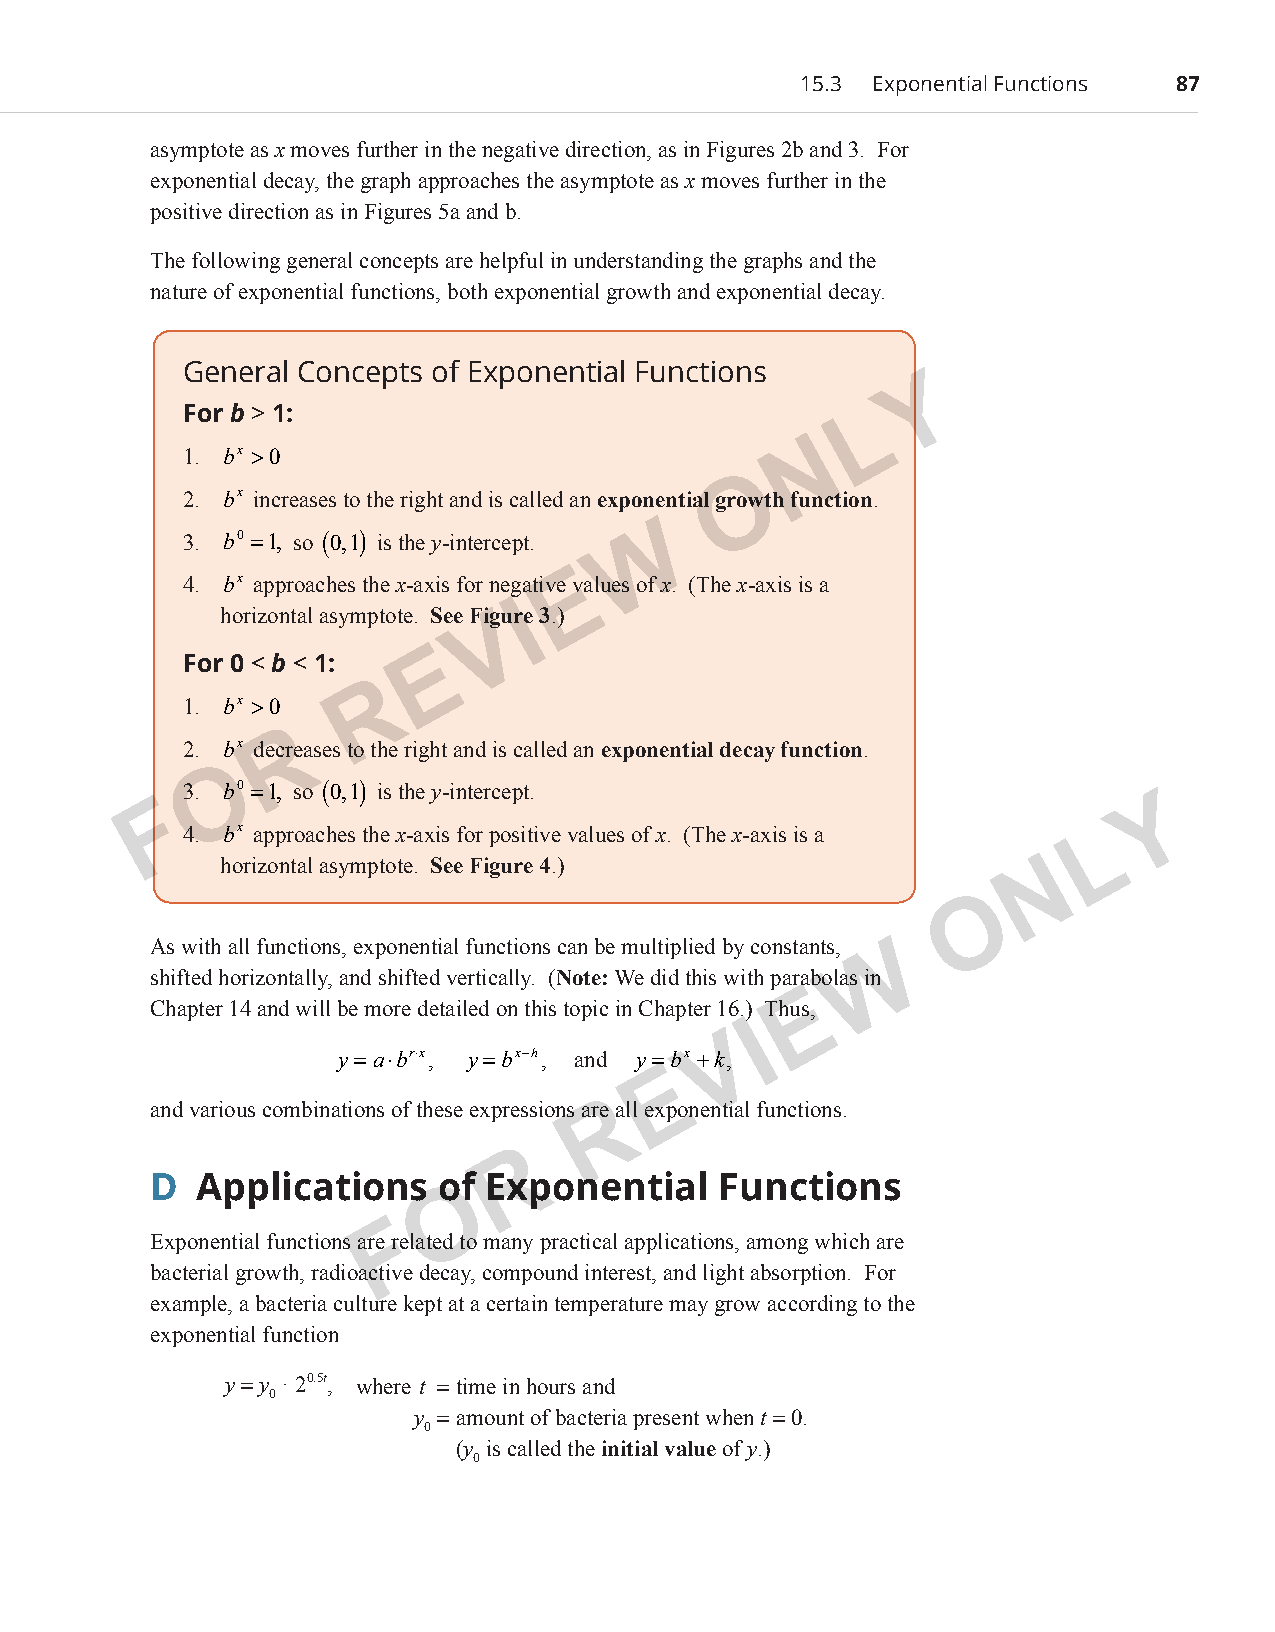
15.3 Exponential Functions 87
 asymptote as x moves further in the negative direction, as in Figures 2b and 3. For
 exponential decay, the graph approaches the asymptote as x moves further in the
 positive direction as in Figures 5a and b.
 The following general concepts are helpful in understanding the graphs and the
 nature of exponential functions, both exponential growth and exponential decay.
 General Concepts of Exponential Functions
 Y
 For b > 1:                                    L
 N
 1. bx >0
 O
 2. bx increases to the right and is called an exponential growth function.
 W
 3. b0 =1, so (0,1) is the y-intercept.
 4. bx approaches the x-axis for negative E values of x. (The x-axis is a
 I
 horizontal asymptote. See Figure 3.)
 V
 E
 For 0 < b < 1:
 R
 1. bx >0
 R
 2. bx decreases to the right and is called an exponential decay function.
 O
 3. b0 =1, so (0,1) is the y-intercept.
 F                                                                 Y
 4. bx approaches the x-axis for positive values of x. (The x-axis is a L
 horizontal asymptote. See Figure 4.)                  N
 O
 As with all functions, exponential functions can be multiplied by constants, W
 shifted horizontally, and shifted vertically. (Note: We did this with parabolas in
 E
 Chapter 14 and will be more detailed on this topic in Chapter 16.) Thus,
 I
 V
 y=a⋅br⋅x, y=bx−h, and y=bx +k,
 E
 and various combinations of these expressions arRe all exponential functions.
 R
 D  Applications    of Exponential     Functions
 O
 F
 Exponential functions are related to many practical applications, among which are
 bacterial growth, radioactive decay, compound interest, and light absorption. For
 example, a bacteria culture kept at a certain temperature may grow according to the
 exponential function
 y = y · 20.5t, where t = time in hours and
 0
 y = amount of bacteria present when t = 0.
 0
 (y is called the initial value of y.)
 0
 PCM_Marketing_Booklet.indb 87                                            10/11/2017 10:03:40 AM